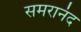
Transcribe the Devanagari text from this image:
समरानंद